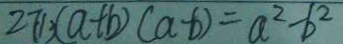
2 7 1 3 ( a + b ) ( a - b ) = a ^ { 2 } - b ^ { 2 }